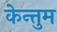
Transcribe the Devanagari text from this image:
केन्तुम